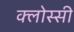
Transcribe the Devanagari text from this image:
क्लोस्सी